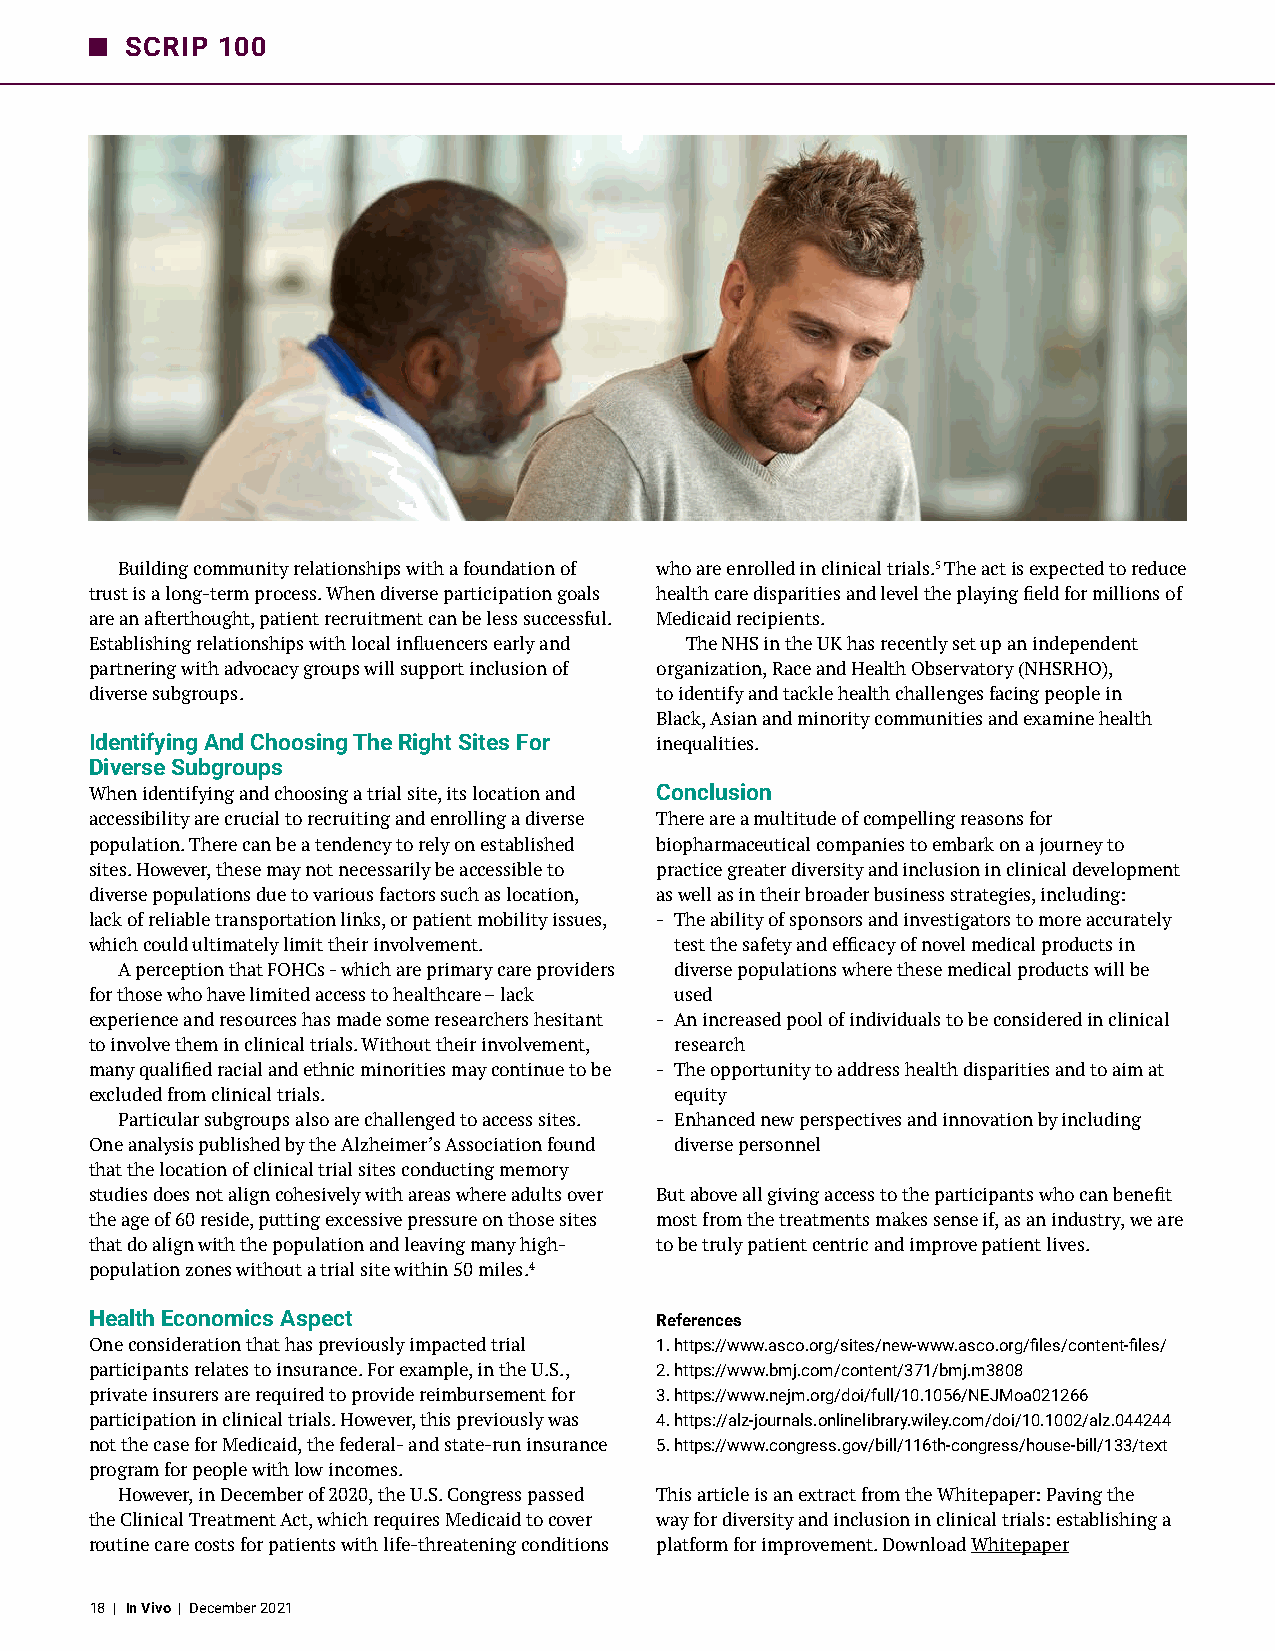
SCRIP 100
 Building community relationships with a foundation of who are enrolled in clinical trials.5 The act is expected to reduce
 trust is a long-term process. When diverse participation goals health care disparities and level the playing field for millions of
 are an afterthought, patient recruitment can be less successful. Medicaid recipients.
 Establishing relationships with local influencers early and The NHS in the UK has recently set up an independent
 partnering with advocacy groups will support inclusion of organization, Race and Health Observatory (NHSRHO),
 diverse subgroups.                   to identify and tackle health challenges facing people in
 Black, Asian and minority communities and examine health
 Identifying And Choosing The Right Sites For inequalities.
 Diverse Subgroups
 When identifying and choosing a trial site, its location and Conclusion
 accessibility are crucial to recruiting and enrolling a diverse There are a multitude of compelling reasons for
 population. There can be a tendency to rely on established biopharmaceutical companies to embark on a journey to
 sites. However, these may not necessarily be accessible to practice greater diversity and inclusion in clinical development
 diverse populations due to various factors such as location, as well as in their broader business strategies, including:
 lack of reliable transportation links, or patient mobility issues, - The ability of sponsors and investigators to more accurately
 which could ultimately limit their involvement. test the safety and efficacy of novel medical products in
 A perception that FOHCs - which are primary care providers diverse populations where these medical products will be
 for those who have limited access to healthcare – lack used
 experience and resources has made some researchers hesitant - An increased pool of individuals to be considered in clinical
 to involve them in clinical trials. Without their involvement, research
 many qualified racial and ethnic minorities may continue to be - The opportunity to address health disparities and to aim at
 excluded from clinical trials.         equity
 Particular subgroups also are challenged to access sites. - Enhanced new perspectives and innovation by including
 One analysis published by the Alzheimer’s Association found diverse personnel
 that the location of clinical trial sites conducting memory
 studies does not align cohesively with areas where adults over But above all giving access to the participants who can benefit
 the age of 60 reside, putting excessive pressure on those sites most from the treatments makes sense if, as an industry, we are
 that do align with the population and leaving many high- to be truly patient centric and improve patient lives.
 population zones without a trial site within 50 miles.4
 Health Economics Aspect              References
 One consideration that has previously impacted trial 1. https://www.asco.org/sites/new-www.asco.org/files/content-files/
 participants relates to insurance. For example, in the U.S., 2. https://www.bmj.com/content/371/bmj.m3808
 private insurers are required to provide reimbursement for 3. https://www.nejm.org/doi/full/10.1056/NEJMoa021266
 participation in clinical trials. However, this previously was 4. https://alz-journals.onlinelibrary.wiley.com/doi/10.1002/alz.044244
 not the case for Medicaid, the federal- and state-run insurance 5. https://www.congress.gov/bill/116th-congress/house-bill/133/text
 program for people with low incomes.
 However, in December of 2020, the U.S. Congress passed This article is an extract from the Whitepaper: Paving the
 the Clinical Treatment Act, which requires Medicaid to cover way for diversity and inclusion in clinical trials: establishing a
 routine care costs for patients with life-threatening conditions platform for improvement. Download Whitepaper
 18 | In Vivo | December 2021